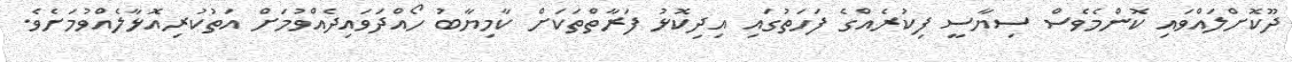
ދޫކޮށްލައްވައި ކޮންމެވެސް ސިޔާސީ ފިކުރެއްގެ ފަހަތުގައި އިދިކޮޅު ފަރާތްތަކަށް ކާމިޔާބު ހޯއްދަވައިދެއްވުމަށް އަތުކުރިއޮޅާލެއްވުމަށެވެ.